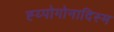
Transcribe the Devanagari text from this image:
ह्य्पोगोनादिस्म